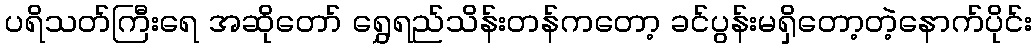
ပရိသတ်ကြီးရေ အဆိုတော် ရွှေရည်သိန်းတန်ကတော့ ခင်ပွန်းမရှိတော့တဲ့နောက်ပိုင်း